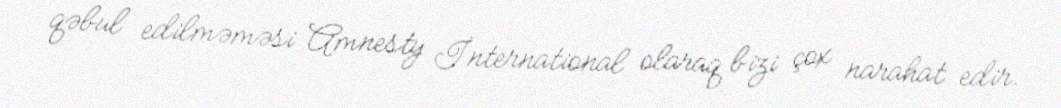
qəbul edilməməsi Amnesty İnternational olaraq bizi çox narahat edir.